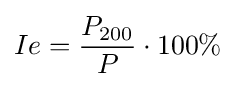
Ie={\frac {P_{200}}{P}}\cdot 100\%